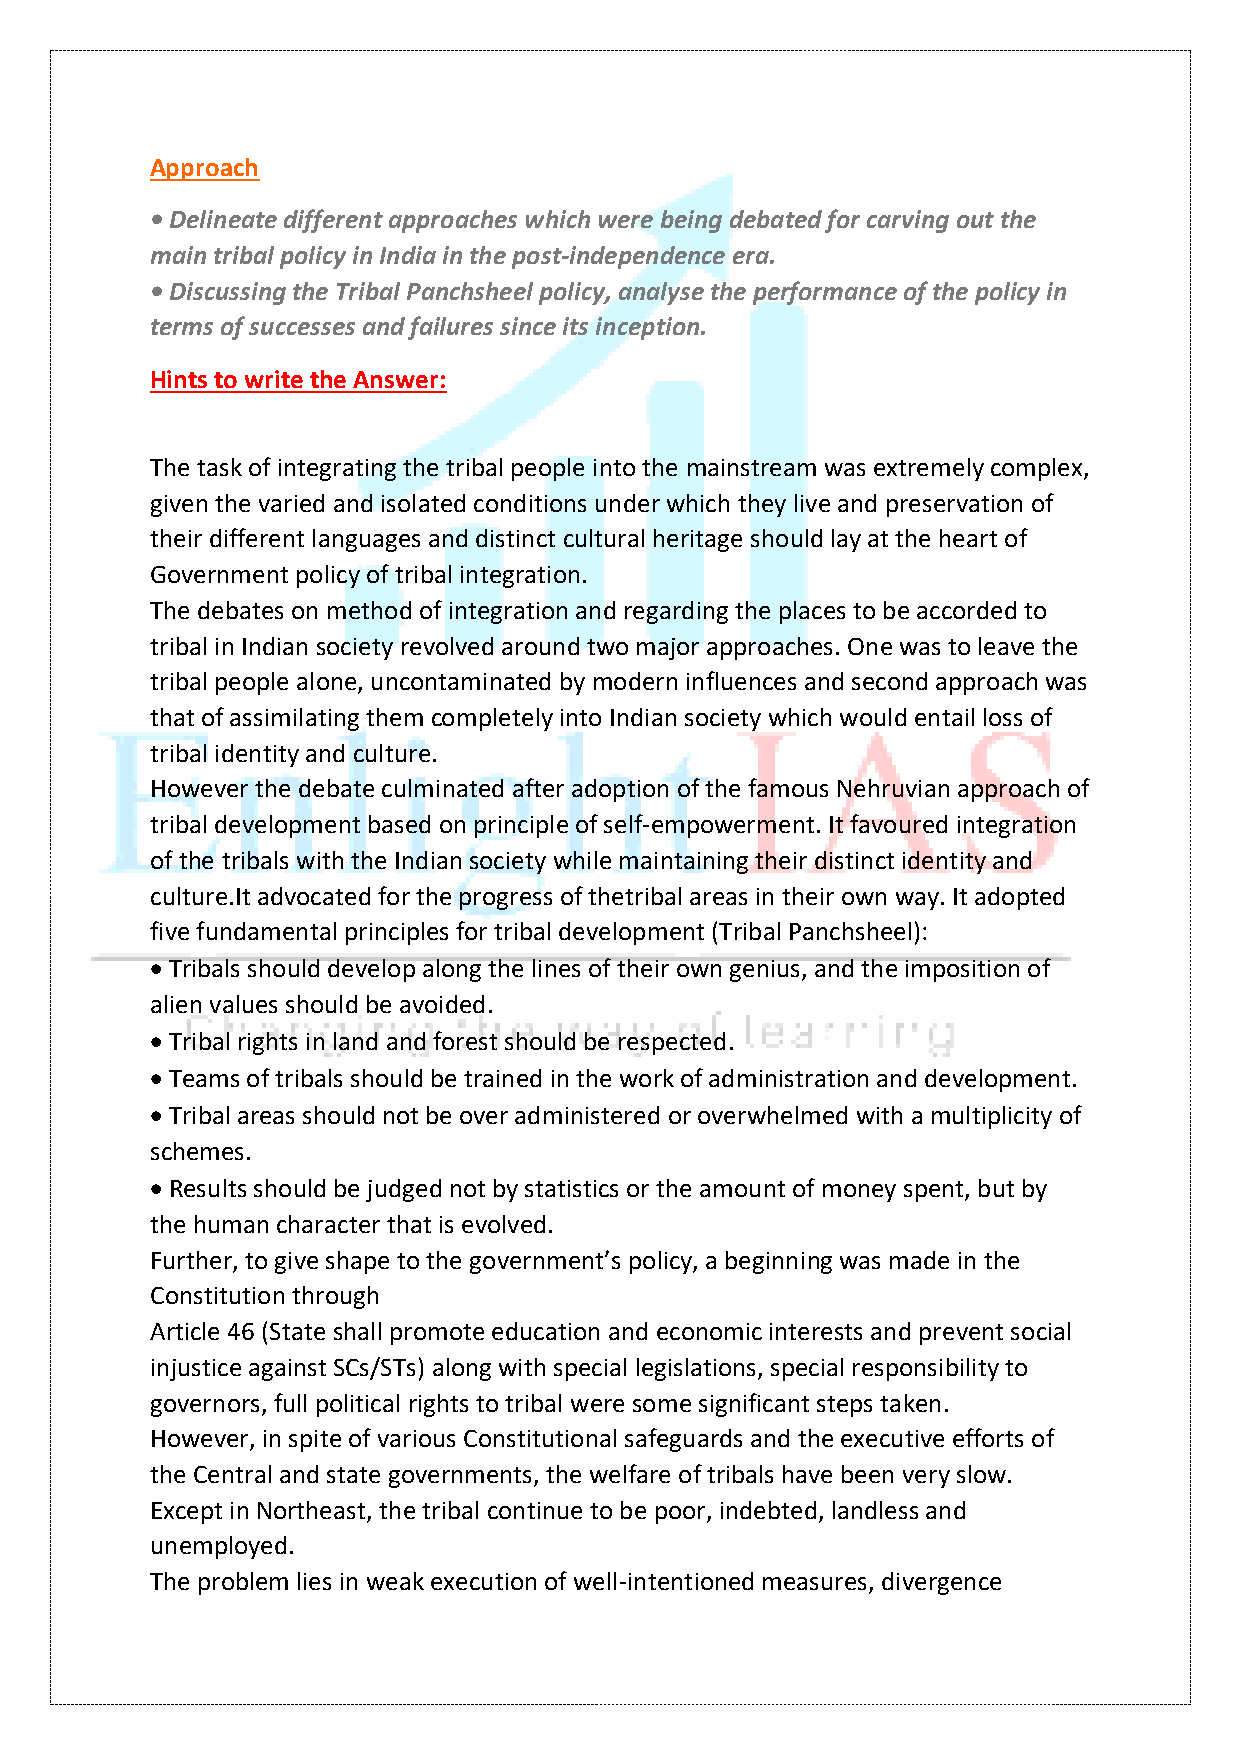
Approach
 • Delineate different approaches which were being debated for carving out the
 main tribal policy in India in the post-independence era.
 • Discussing the Tribal Panchsheel policy, analyse the performance of the policy in
 terms of successes and failures since its inception.
 Hints to write the Answer:
 The task of integrating the tribal people into the mainstream was extremely complex,
 given the varied and isolated conditions under which they live and preservation of
 their different languages and distinct cultural heritage should lay at the heart of
 Government policy of tribal integration.
 The debates on method of integration and regarding the places to be accorded to
 tribal in Indian society revolved around two major approaches. One was to leave the
 tribal people alone, uncontaminated by modern influences and second approach was
 that of assimilating them completely into Indian society which would entail loss of
 tribal identity and culture.
 However the debate culminated after adoption of the famous Nehruvian approach of
 tribal development based on principle of self-empowerment. It favoured integration
 of the tribals with the Indian society while maintaining their distinct identity and
 culture.It advocated for the progress of thetribal areas in their own way. It adopted
 five fundamental principles for tribal development (Tribal Panchsheel):
 • Tribals should develop along the lines of their own genius, and the imposition of
 alien values should be avoided.
 • Tribal rights in land and forest should be respected.
 • Teams of tribals should be trained in the work of administration and development.
 • Tribal areas should not be over administered or overwhelmed with a multiplicity of
 schemes.
 • Results should be judged not by statistics or the amount of money spent, but by
 the human character that is evolved.
 Further, to give shape to the government’s policy, a beginning was made in the
 Constitution through
 Article 46 (State shall promote education and economic interests and prevent social
 injustice against SCs/STs) along with special legislations, special responsibility to
 governors, full political rights to tribal were some significant steps taken.
 However, in spite of various Constitutional safeguards and the executive efforts of
 the Central and state governments, the welfare of tribals have been very slow.
 Except in Northeast, the tribal continue to be poor, indebted, landless and
 unemployed.
 The problem lies in weak execution of well-intentioned measures, divergence